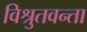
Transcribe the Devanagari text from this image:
विश्रुतवन्ता